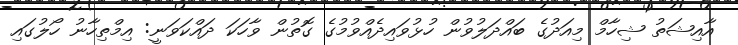
އާއިޝަތު ޝިހާމް މިއަދުގެ ބައްދަލުވުން ހުޅުވައިދެއްވުމުގެ ގޮތުން ވާހަކަ ދައްކަވަނީ: އިމްތިހާނު ހޯލުގައި